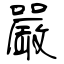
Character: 嚴